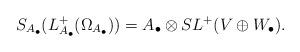
LaTeX: \begin{align*}S_{A_{\bullet}}(L_{A_{\bullet}}^{+}(\Omega_{A_{\bullet}}))=A_{\bullet} \otimes S L^{+}(V \oplus W_{\bullet}). \end{align*}